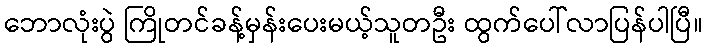
ဘောလုံးပွဲ ကြိုတင်ခန့်မှန်းပေးမယ့်သူတဦး ထွက်ပေါ်လာပြန်ပါပြီ။